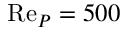
\mathrm { R e } _ { P } = 5 0 0